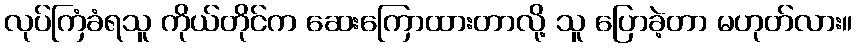
လုပ်ကြံခံရသူ ကိုယ်တိုင်က ဆေးကြောထားတာလို့ သူ ပြောခဲ့တာ မဟုတ်လား။